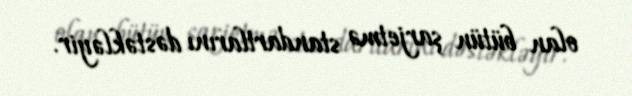
olan bütün şarjetmə standartlarını dəstəkləyir.